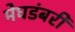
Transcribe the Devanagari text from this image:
मेघडंबरी